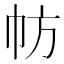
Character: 𢁸